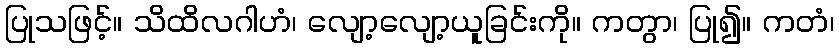
ပြုသဖြင့်။ သိထိလဂါဟံ၊ လျော့လျော့ယူခြင်းကို။ ကတွာ၊ ပြု၍။ ကတံ၊